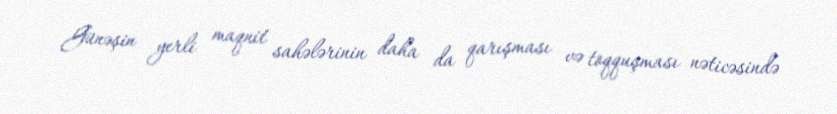
Günəşin yerli maqnit sahələrinin daha da qarışması və toqquşması nəticəsində